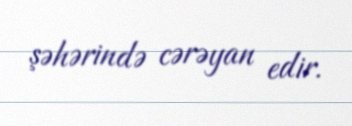
şəhərində cərəyan edir.